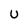
Character: u